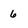
Character: 6